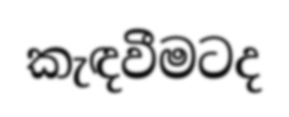
කැඳවීමටද